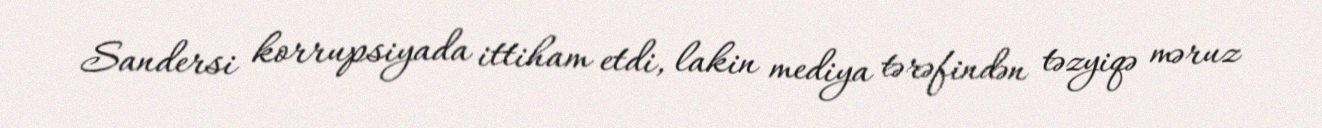
Sandersi korrupsiyada ittiham etdi, lakin mediya tərəfindən təzyiqə məruz